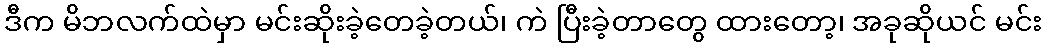
ဒီက မိဘလက်ထဲမှာ မင်းဆိုးခဲ့တေခဲ့တယ်၊ ကဲ ပြီးခဲ့တာတွေ ထားတော့၊ အခုဆိုယင် မင်း